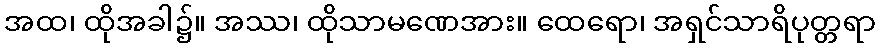
အထ၊ ထိုအခါ၌။ အဿ၊ ထိုသာမဏေအား။ ထေရော၊ အရှင်သာရိပုတ္တရာ